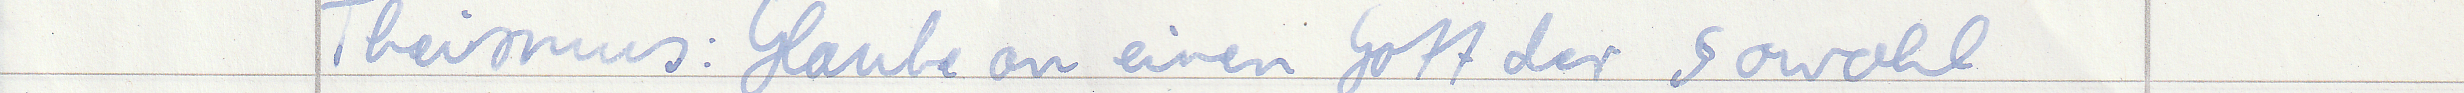
Theismus: Glaube an einen Gott der sowohl